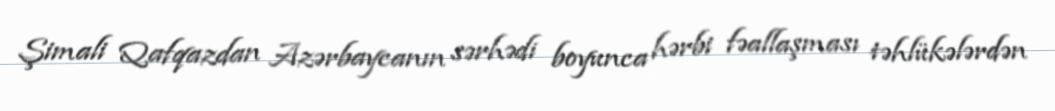
Şimali Qafqazdan Azərbaycanın sərhədi boyunca hərbi fəallaşması təhlükələrdən